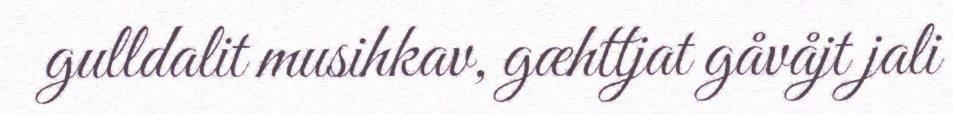
gulldalit musihkav, gæhttjat gåvåjt jali